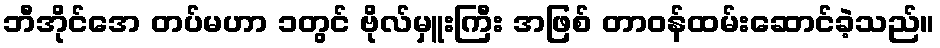
ဘီအိုင်အေ တပ်မဟာ ၁တွင် ဗိုလ်မှူးကြီး အဖြစ် တာဝန်ထမ်းဆောင်ခဲ့သည်။